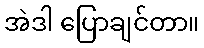
အဲဒါ ပြောချင်တာ။